Medical and sanitary report of the native army of Bengal for the year
Year: 1877
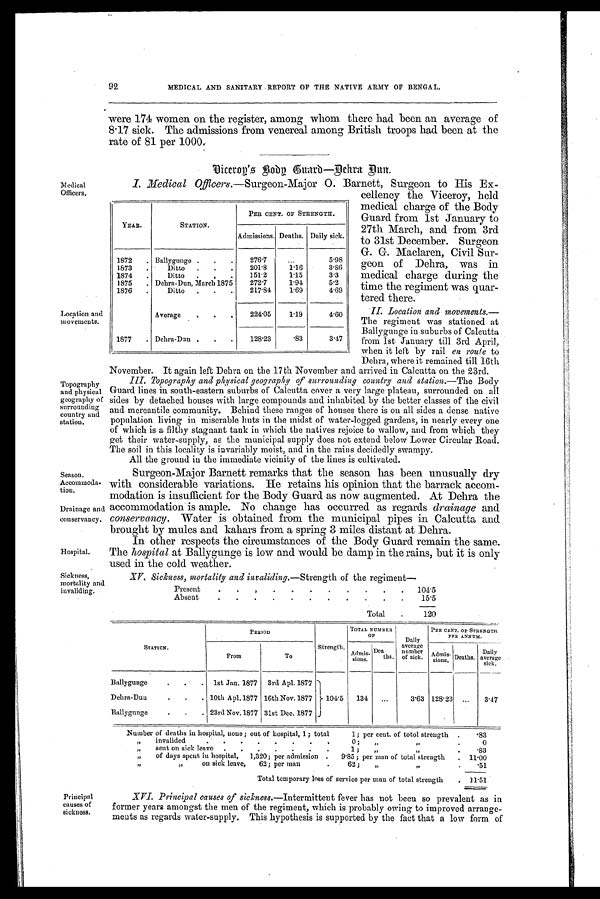
Medical
Officers.
Location and
movements.
Topography
and physical
geography of
surrounding
country and
station.
Season.
Accommoda-
tion.
Drainage and
conservancy.
Hospital.
92
MEDICAL AND SANITARY REPORT OF THE NATIVE ARMY OF BENGAL.
were 174 women on the register, among whom there had been an average of
8.17 sick. The admissions from venereal among British troops had been at the
rate of 81 per 1000.
D i c e r o y ' s B o d y G u a r d — B e h r a B u n .
I. Medical Offi cers.—Surgeon-Major O. Barnett, Surgeon to His Ex-
cellency the Viceroy, held
medical charge of the Body
Guard from 1st January to
27th March, and from 3rd
to 31st December. Surgeon
G. G. Maclaren, Civil Sur-
geon of Dehra, was in
medical charge during the
time the regiment was quar-
tered there.
II. Location and movements
. —
T h e r e g i m e n t w a s s t a t i o n e d a t
Ballygunge in suburbs of Calcutta
from 1st January till 3rd April,
when it left by rail en route to
Dehra, where it remained till 16th
November. It again left Dehra on the 17th November and arrived in Calcutta on the 23rd.
III. Topography and physical geography of surrounding country and station.—The Body
Guard lines in south-eastern suburbs of Calcutta cover a very large plateau, surrounded on all
sides by detached houses with large compounds and inhabited by the better classes of the civil
and mercantile community. Behind these ranges of houses there is on all sides a dense native
population living in miserable huts in the midst of water-logged gardens, in nearly every one
of which is a filthy stagnant tank in which the natives rejoice to wallow, and from which they
get their water-supply, as the municipal supply does not extend below Lower Circular Road.
The soil in this locality is invariably moist, and in the rains decidedly swampy.
All the ground in the immediate vicinity of the lines is cultivated.
Surgeon-Major Barnett remarks that the season has been unusually dry
with considerable variations. He retains his opinion that the barrack accom-
modation is insufficient for the Body Guard as now augmented. At Dehra the
accommodation is ample. No change has occurred as regards drainage and
conservancy. Water is obtained from the municipal pipes in Calcutta and
brought by mules and kahars from a spring 3 miles distant at Dehra.
In other respects the circumstances of the Body Guard remain the same.
The hospital at Ballygunge is low and would be damp in the rains, but it is only
used in the cold weather.
YEAR.
STATION.
PER CENT. OF STRENGTH.
Admissions. Deaths. Daily sick.
1872
. Ballygunge .
.
.
276.7
5.98
1873
.
Ditto
.
.
.
201.8
1.16
3.86
1874
.
Ditto
.
.
.
151.2
1.15
3.3
1875
. Debra-Dun, March 1875
272.7
1.94
5.2
1876
.
Ditto
.
.
.
217.84
169
4.69
Average
.
.
.
224.05
1'19
4.60
1877
. Dchra-Dan .
.
.
128.23
. 8 3
3.47
Sickness,
mortality and
invaliding.
XV. Sickness, mortality and invaliding.—Strength of the regiment
Present
.
.
.
.
.
.
.
.
.
. .
104.5
Absent
.
.
.
.
.
.
.
.
.
.
.
15.5
Total
.
120
Principal
causes of
sickness.
STATION.
PERIOD
Strength.
TOTAL NUMBER
O F
Daily
average
number
of sick.
PER CENT. OP STRENGTH
PER ANNUM.
From
To
Admis-s i o n s .
Dea
ths.
Admis-
sions.
Deaths.
Daily
average
sick.
Ballygunge
.
. . 1st Jan. 1877 3rd Apl. 1877
Debra-Dun
.
.
. 10th Ap1.1877 16th Nov. 1877
104.5
134
...
3.63 128.23 ...
3.47
Ballygunge
.
.
. 23rd Nov.1877 31st Dec. 1877
Number of deaths in hospital, none ; out of hospital, 1 ; total
1; per cent. of totol strength .
.83
„
invalided
.
.
.
.
.
.
.
.
0;
,, ,,
.
0
„
sent on sick leave
.
.
.
.
.
.
1 ;
„
,,
.
.83
„
of days spent in hospital,
1,320; per admission .
9.85; per man of total strength
. 11.00
,,
„
on sick leave,
62; per man
.
62;
„
,,
.
. 51
Total temporary loss of service per man of total strength
.
11.51
XVI. Principal causes of sickness.—Intermittent fever has not been so prevalent as in
former years amongst the men of the regiment, which is probably owing to improved arrange-
ments as regards water-supply. This hypothesis is supported by the fact that a low form of